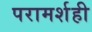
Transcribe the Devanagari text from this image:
परामर्शही